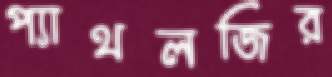
প্যাথলজির